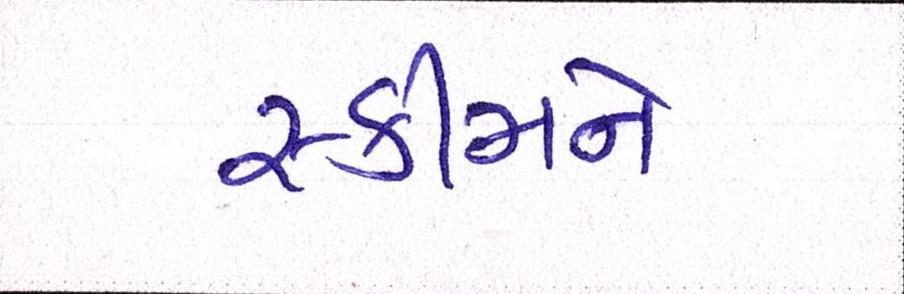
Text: સ્કીમને